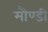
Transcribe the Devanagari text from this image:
मौण्डी